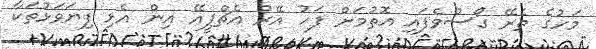
މަހުގެ ތެރޭ ގޯސްވެފައި އޮތުމަށް ފަހު އޭރު އެޗްޕީއޭ އިން އެޅި ފިޔަވަޅުތަކާ